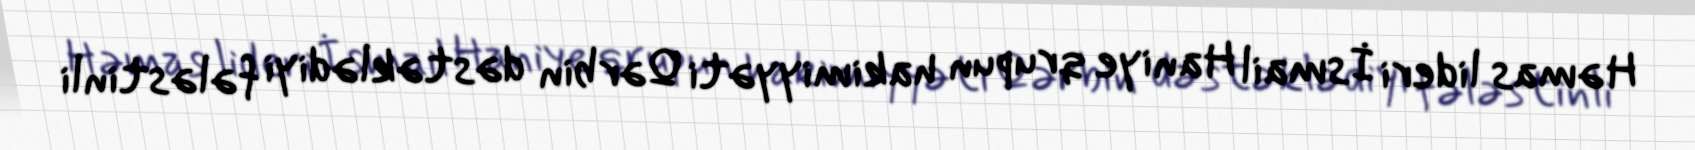
Həmas lideri İsmail Haniye qrupun hakimiyyəti Qərbin dəstəklədiyi fələstinli